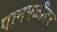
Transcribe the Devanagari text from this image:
पानगळीवर